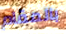
بالمقام